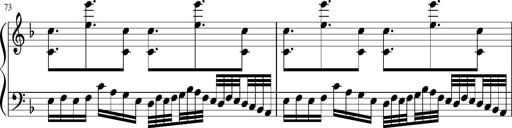
Title: Sonatina in F major
Composer: Ethan Ngo
Key: F major